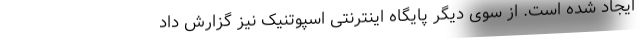
ایجاد شده است. از سوی دیگر پایگاه اینترنتی اسپوتنیک نیز گزارش داد